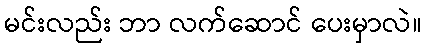
မင်းလည်း ဘာ လက်ဆောင် ပေးမှာလဲ။